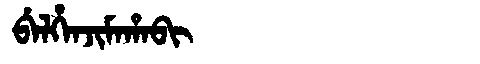
Manchu: ᠪᡝᠯᡥᡝᠨᠵᡳᠮᠠᡥᠠᠪᡳ
Romanization: BELHENJIMAHABI